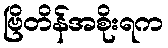
ဗြိတိန်အစိုးရက